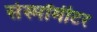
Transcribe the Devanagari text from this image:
सेस्मॉमीटर